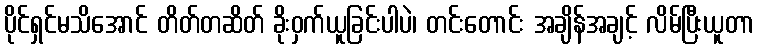
ပိုင်ရှင်မသိအောင် တိတ်တဆိတ် ခိုးဝှက်ယူခြင်းပါပဲ၊ တင်းတောင်း အချိန်အချင့် လိမ်ပြီးယူတာ